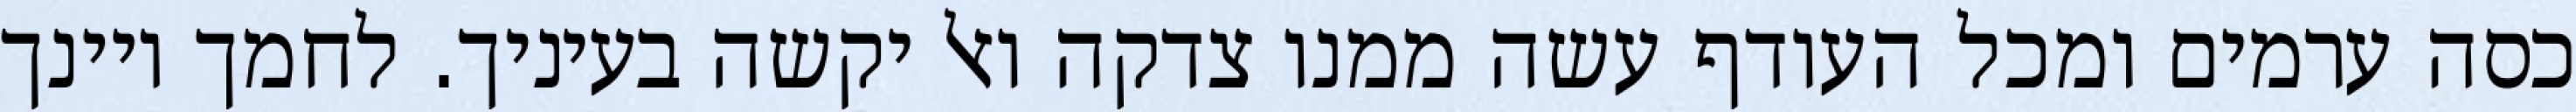
כסה ערמים ומכל העודף עשה ממנו צדקה ואל יקשה בעיניך. לחמך ויינך